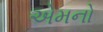
એમનો